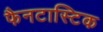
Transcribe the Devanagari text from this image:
फैनटास्टिक